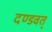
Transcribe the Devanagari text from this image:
दण्डवत्‌